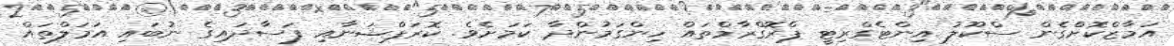
އަމާޒްކޮށްގެން ސްކޫލު އިންޓެގްރިޓީ ޕްރޮގްރާމްތައް ހިންގަމުންދާ ކަމަށެވެ. ކޮރަޕްޝަނާއި ފަސާދައިގެ ނުބައި އަމަލްތައް